Medical and sanitary report of the native army of Madras for the year
Year: 1877
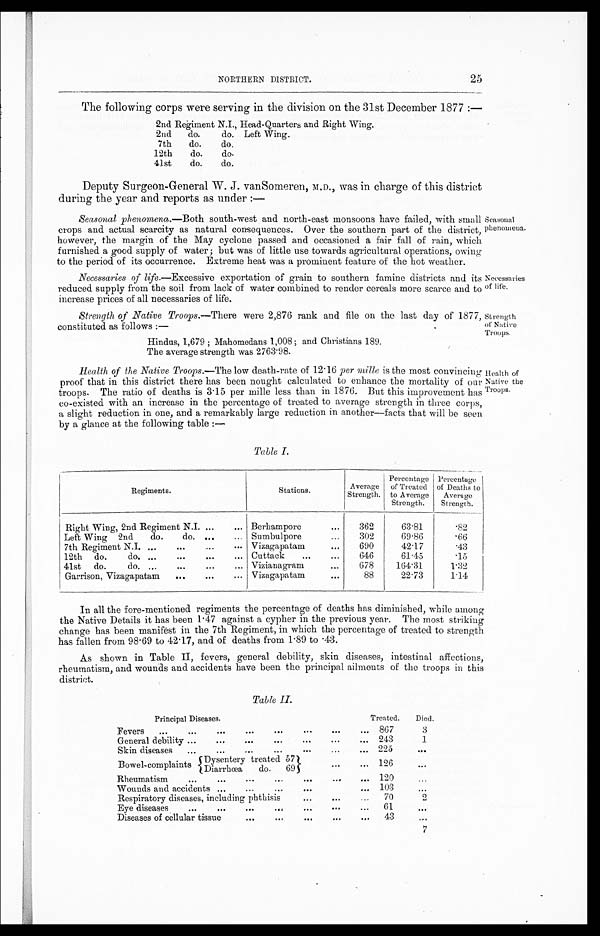
NORTHERN DISTRICT.
25
The following corps were serving in the division on the 31st December 1877
:—
2nd Regiment N.I., Head-Quarters and Right Wing.
2nd
do.
do. Left Wing.
7th
do.
do.
12th
do.
do.
41st
do.
do.
Deputy Surgeon-General W. J. vanSomeren, M.D., was in charge of this district
during the year and reports as under:—
Seasonal phenomena. —Both south-west and north-east monsoons have failed, with small
crops and actual scarcity as natural consequences. Over the southern part of the district,
however, the margin of the May cyclone passed and occasioned a fair fall of rain, which
furnished a good supply of water; but was of little use towards agricultural operations, owing
to the period of its occurrence. Extreme heat was a prominent feature of the hot weather.
Necessaries of life. —Excessive exportation of grain to southern famine districts and its
reduced supply from the soil from lack of water combined to render cereals more scarce and to
increase prices of all necessaries of life.
Seasonal
phenomena.
Necessaries
of life.
Strength of Native Troops. —There were 2,876 rank and file on the last day of 187
7, constituted as follows:—
Strength
of Native
Troops.
Hindus, 1,679; Mahomedans 1,008; and Christians 189.
The average strength was 2763·38.
Health of the Native Troops. —The low death-rate of 12·16 per mille is the most convincing
proof that in this district there has been nought calculated to enhance the mortality of our
troops. The ratio of deaths is 3·15 per mille less than in 1876. But this improvement has
co-existed with an increase in the percentage of treated to average strength in three corps,
a slight reduction in one, and a remarkably large reduction in another—facts that will be seen
by a glance at the following table:—
Table I.
Regiments.
Stations.
Average
Strength.
Percentage
of Treated
to Average
Strength.
Percentage
of Deaths to
Average
Strength.
Right Wing, 2nd Regiment N.I.
Berhampore
362
63·81
·82
Left Wing 2nd do. do.
Sumbulpore
302
69·86
·66
7th Regiment N.I.
Vizagapatam
690
42·17
·43
12th do. do.
Cuttack
646
61·45
·15
41st do. do.
Vizianagram
678
164·31
1·32
Garrison, Vizagapatam
Vizagapatam
88
22·73
1·14
Health of
Native the
Troops.
In all the fore-mentioned regiments the percentage of deaths has diminished, while among
the Native Details it has been 1·47 against a cypher in the previous year. The most striking
change has been manifest in the 7th Regiment, in which the percentage of treated to strength
has fallen from 98·69 to 42·17, and of deaths from 1·89 to ·43.
As shown in Table II, fevers, general debility, skin diseases, intestinal affections,
rheumatism, and wounds and accidents have been the principal ailments of the troops in this
district.
Table II.
Principal Diseases.
Treated.
Died.
Fevers
8 6 7
3
General debility
2 4 3
1
Skin diseases
2 2 5
. . .
Bowel-complaints Dysentery treated 57
1 2 6
. . .
Diarrhœa do. 69
Rheumatism
1 2 0
. . .
Wounds and accidents
1 0 3
. . .
Respiratory diseases, including phthisis
7 0
2
Eye diseases
6 1
. . .
Diseases of cellular tissue
4 3
. . .
7